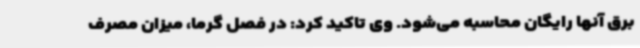
برق آنها رایگان محاسبه می‌شود. وی تاکید کرد: در فصل گرما، میزان مصرف